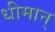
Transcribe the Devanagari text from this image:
धीमान्‌